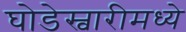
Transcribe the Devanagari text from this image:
घोडेस्वारीमध्ये